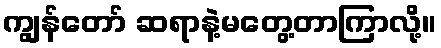
ကျွန်တော် ဆရာနဲ့မတွေ့တာကြာလို့။